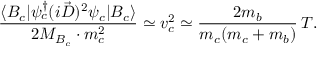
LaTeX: \frac { \langle B _ { c } | \psi _ { c } ^ { \dagger } ( i \vec { D } ) ^ { 2 } \psi _ { c } | B _ { c } \rangle } { 2 M _ { B _ { c } } \cdot m _ { c } ^ { 2 } } \simeq v _ { c } ^ { 2 } \simeq \frac { 2 m _ { b } } { m _ { c } ( m _ { c } + m _ { b } ) } \, T .